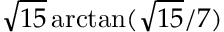
{ \sqrt { 1 5 } } \arctan ( { { \sqrt { 1 5 } } / 7 } )